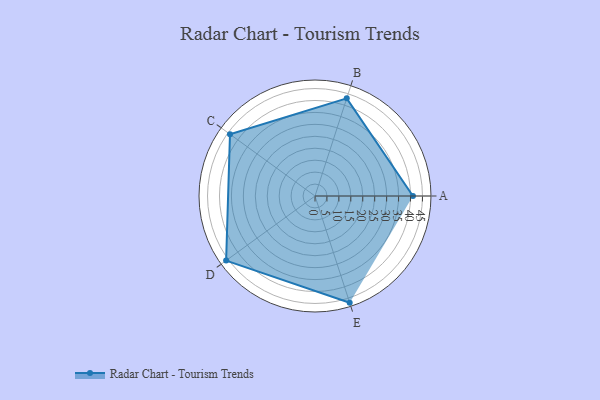
{"axis": {"x": "Skill", "y": "Score"}, "legend": ["Profile"], "data": [{"x": "A", "y": 41.0, "type": "Profile"}, {"x": "B", "y": 43.0, "type": "Profile"}, {"x": "C", "y": 44.0, "type": "Profile"}, {"x": "D", "y": 46.0, "type": "Profile"}, {"x": "E", "y": 47.0, "type": "Profile"}]}